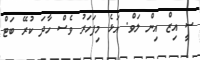
ސީ އިޒް އިން ލަވް. އަޅެ މިފަހަރު ވެސް ހާދަ ކުރޭ ބަޓްް